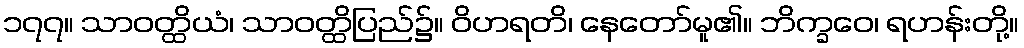
၁၇၇။ သာဝတ္ထိယံ၊ သာဝတ္ထိပြည်၌။ ဝိဟရတိ၊ နေတော်မူ၏။ ဘိက္ခဝေ၊ ရဟန်းတို့။